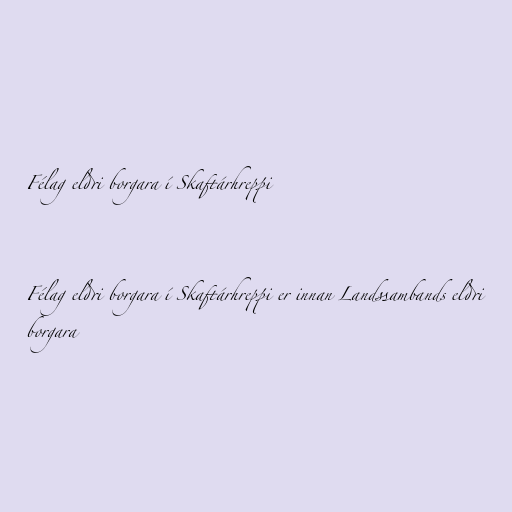
Félag eldri borgara í Skaftárhreppi

Félag eldri borgara í Skaftárhreppi er innan Landssambands eldri
borgara